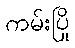
ကမ်းပြို